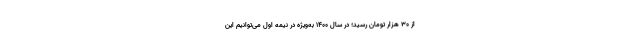
از ۳۰ هزار تومان رسید؛ در سال ۱۴۰۰ به‌ویژه در نیمه اول می‌توانیم این